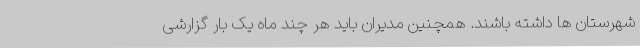
شهرستان ها داشته باشند. همچنین مدیران باید هر چند ماه یک بار گزارشی